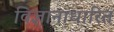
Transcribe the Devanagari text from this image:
विज्ञानाधारित